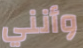
وأنني